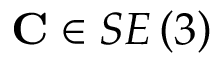
\mathbf { C } \in S E \left( 3 \right)